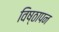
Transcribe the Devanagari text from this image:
विष्ठापन